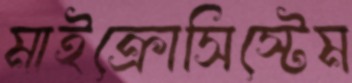
মাইক্রোসিস্টেম